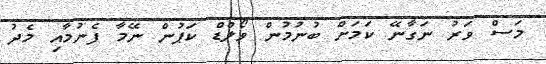
މަސް ވަރު ނަގާނޭ ކަމަށް ބުނުމުން ވޯލްޑް ކަޕުން ނޭމާ ފެނުމާއި މެދު